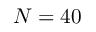
N = 4 0